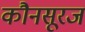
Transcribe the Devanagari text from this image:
कौनसूरज